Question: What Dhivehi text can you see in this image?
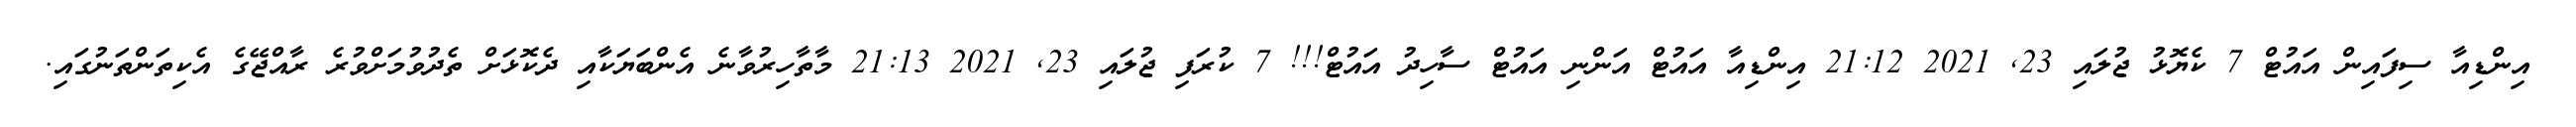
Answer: އިންޑިއާ ސިފައިން އައުޓް 7 ކެޔޮޅު ޖުލައި 23, 2021 21:12 އިންޑިއާ އައުޓް އަންނި އައުޓް ސާހިދު އައުޓް!!! 7 ކުރަފި ޖުލައި 23, 2021 21:13 މާތާހިރުވާނެ އެންބަޔަކާއި ދެކޮޅަށް ތެދުވުމަށްވުރެ ރާއްޖޭގެ އެކިތަންތަނުގައި.